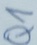
Text: Q1